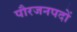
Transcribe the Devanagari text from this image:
पौरजनपदों